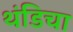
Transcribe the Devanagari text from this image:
थंडिचा